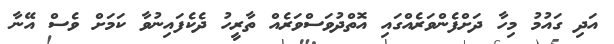
އަދި ގައުމު މިހާ ދަށްފެންވަރެއްގައި އޮތްދުވަސްވަރެއް ތާރީހު ދެކެފައިނުވާ ކަމަށް ވެސް އޭނާ